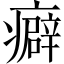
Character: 癖